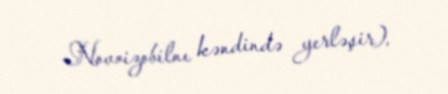
Novoizobilnı kəndində yerləşir).